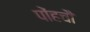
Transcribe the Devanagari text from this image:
पोंहचौ